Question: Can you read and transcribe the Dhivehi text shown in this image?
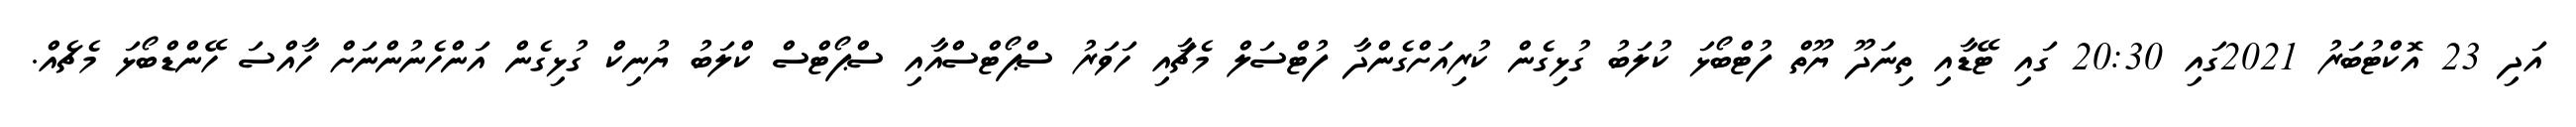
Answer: އަދި 23 އޮކްޓުބަރު 2021ގައި 20:30 ގައި ޓޭޑާއި ތިނަދޫ ޔޫތް ފުޓްބޯޅަ ކުލަބު ގުޅިގެން ކުރިއަށްގެންދާ ފުޓްސަލް މެޗާއި ހަވަރު ސްޕޯޓްސްއާއި ސްޕޯޓްސް ކްލަބު ޔުނިކް ގުޅިގެން އަންހެނުންނަށް ހާއްސަ ހޭންޑްބޯޅަ މެޗެއް.